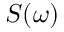
S ( \omega )